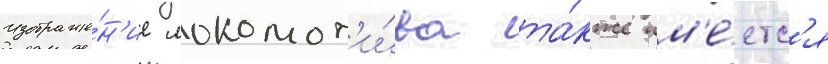
Изображе́н'ие локомот'и́ва та́кже им'е́етс'я